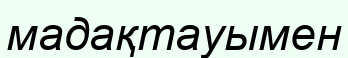
мадақтауымен